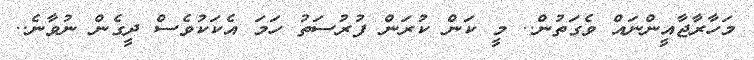
މަހާރާޖާއީންނައް ވެގަތުން.. މީ ކަން ކުރަން ފުރުސަތު ހަމަ އެކަކުވެސް ދީގެން ނުވާނެ..